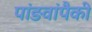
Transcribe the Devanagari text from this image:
पांङवांपैकी